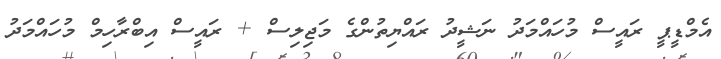
އެމްޑީޕީ ރައީސް މުހައްމަދު ނަޝީދު ރައްޔިތުންގެ މަޖިލިސް + ރައީސް އިބްރާހިމް މުހައްމަދު